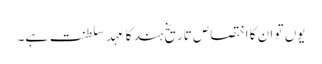
یوں تو ان کا اختصاص تاریخِ ہند کا عہدِ سلطنت ہے۔